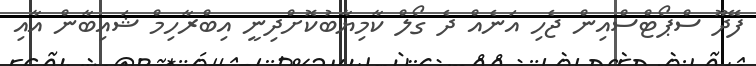
ފޭދޫ ސްޕޯޓްސްއިން ޖެހި އަނެއް ދެ ގޯލް ކާމިޔާބުކޮށްދިނީ އިބްރާހިމް ޝައިބާން އާއި